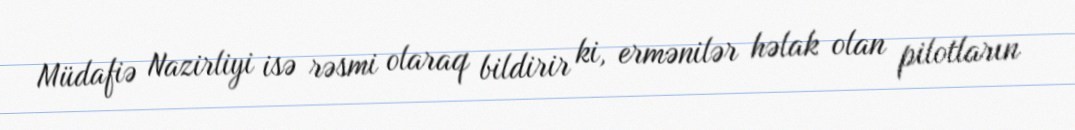
Müdafiə Nazirliyi isə rəsmi olaraq bildirir ki, ermənilər həlak olan pilotların